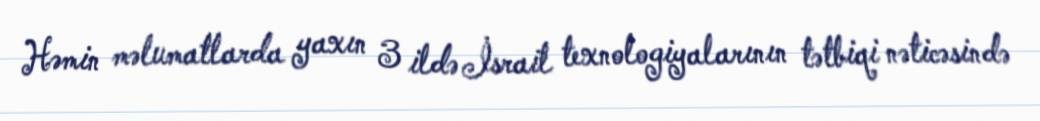
Həmin məlumatlarda yaxın 3 ildə İsrail texnologiyalarının tətbiqi nəticəsində